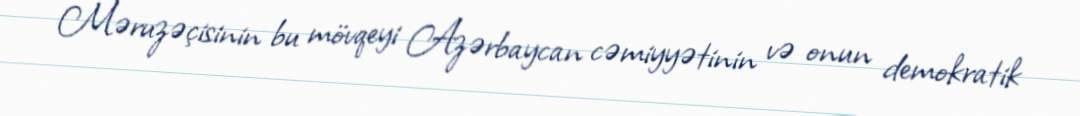
Məruzəçisinin bu mövqeyi Azərbaycan cəmiyyətinin və onun demokratik